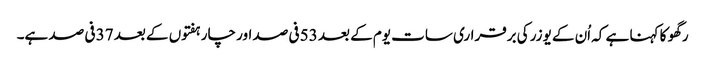
رگھو کا کہنا ہے کہ اُن کے یوزر کی برقراری سات یوم کے بعد 53 فی صد اور چار ہفتوں کے بعد 37 فی صد ہے۔